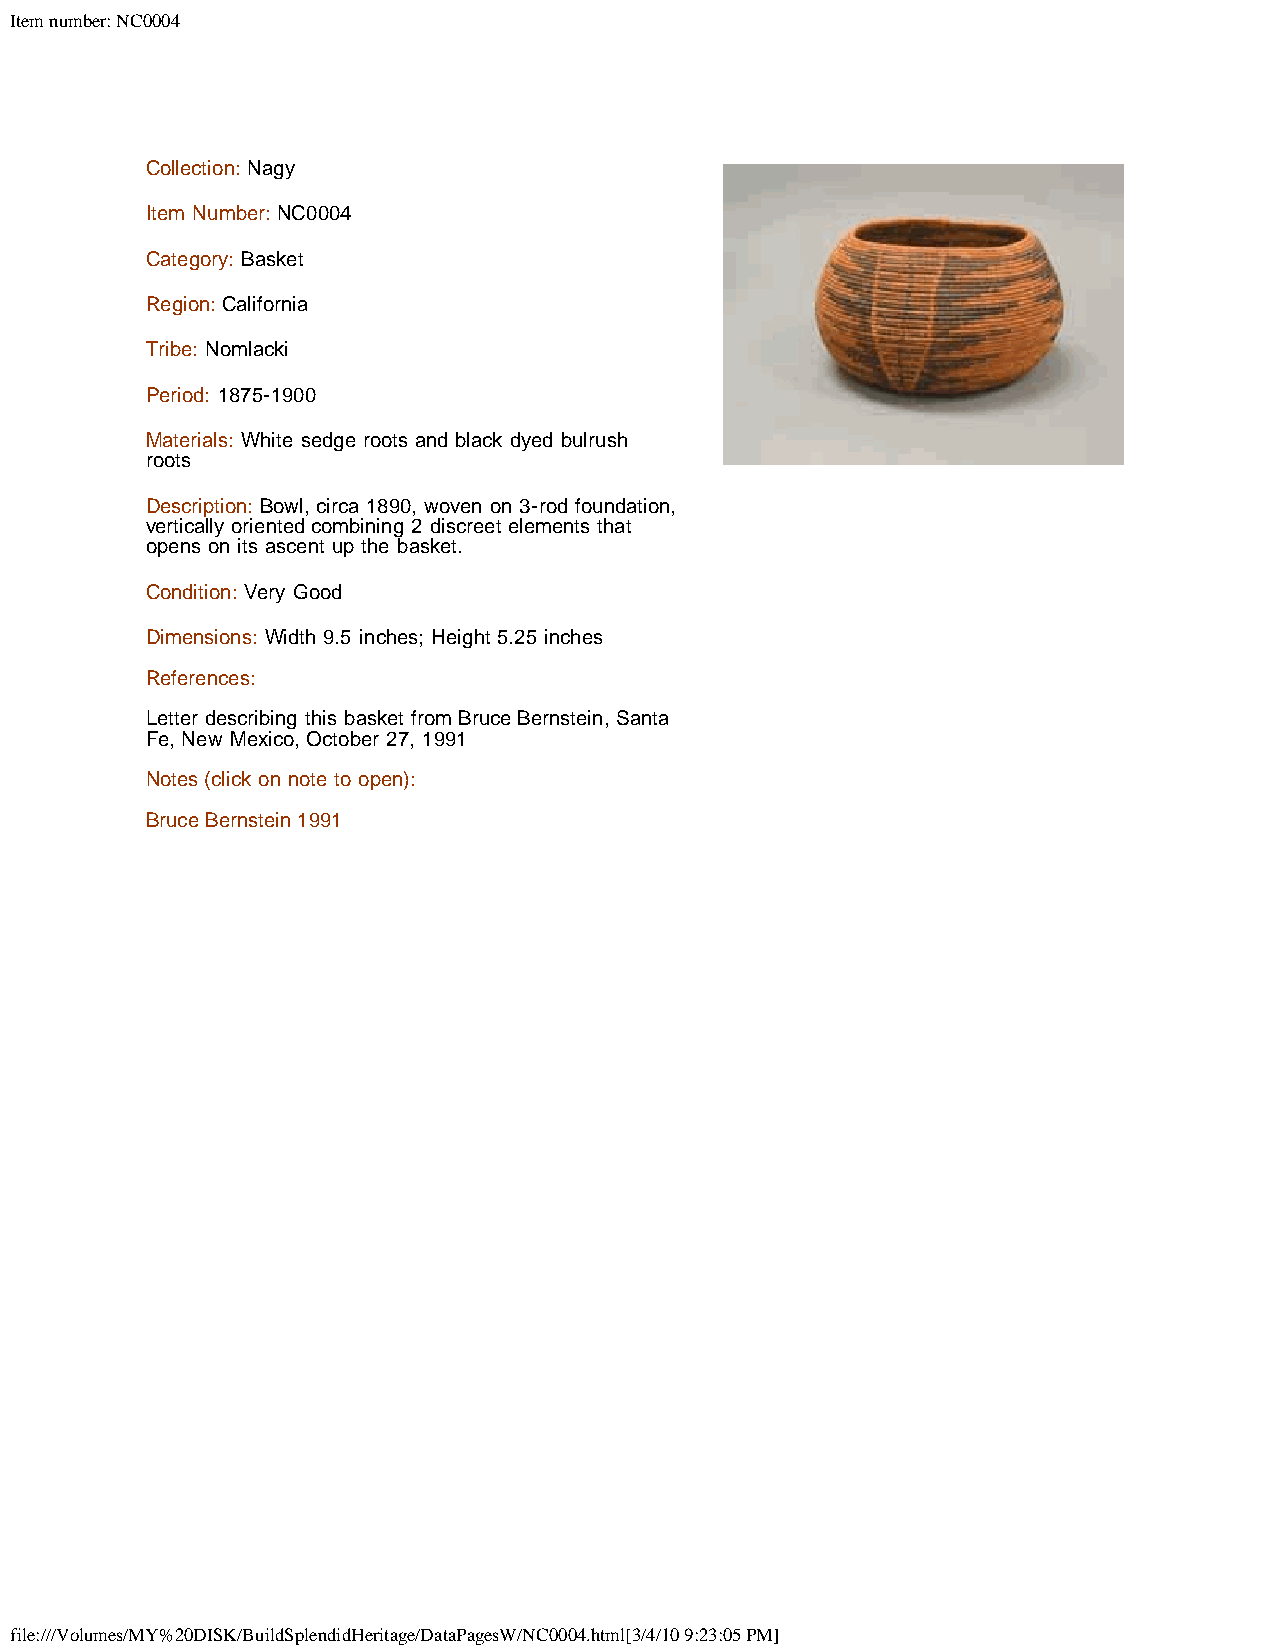
Item number: NC0004
 Collection: Nagy
 Item Number: NC0004
 Category: Basket
 Region: California
 Tribe: Nomlacki
 Period: 1875-1900
 Materials: White sedge roots and black dyed bulrush
 roots
 Description: Bowl, circa 1890, woven on 3-rod foundation,
 vertically oriented combining 2 discreet elements that
 opens on its ascent up the basket.
 Condition: Very Good
 Dimensions: Width 9.5 inches; Height 5.25 inches
 References:
 Letter describing this basket from Bruce Bernstein, Santa
 Fe, New Mexico, October 27, 1991
 Notes (click on note to open):
 Bruce Bernstein 1991
 file:///Volumes/MY%20DISK/BuildSplendidHeritage/DataPagesW/NC0004.html[3/4/10 9:23:05 PM]